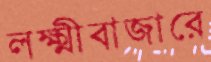
লক্ষ্মীবাজারে